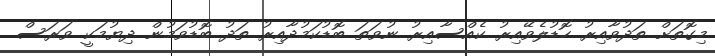
މިގޮތަށް ތަދުވާއިރު ހޮޑުލެވޭއިރު ކެއްސާއިރު ނުވަތަ ބޮޑުކަމުދާއިރު ތަދު ބޮޑުވަމުން ދިޔުމަކީ ވަރަސް